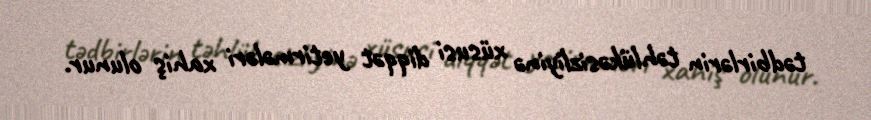
tədbirlərin təhlükəsizliyinə xüsusi diqqət yetirmələri xahiş olunur.